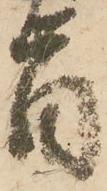
旨